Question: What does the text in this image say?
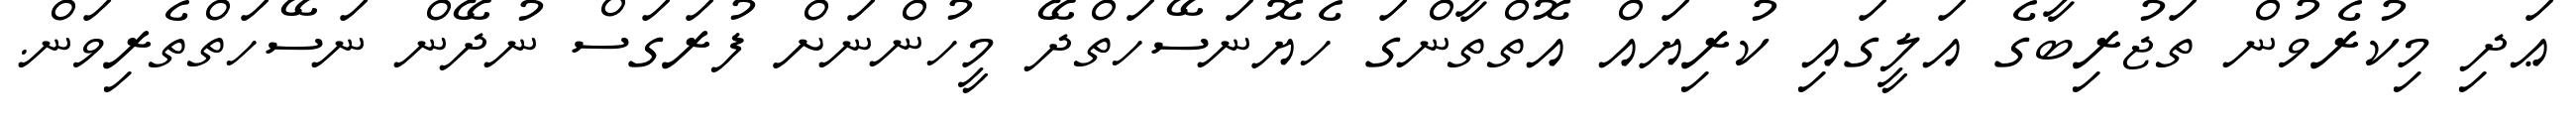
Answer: ޢަދި މިކުރެވުން ތަޖުރިބާގެ އަލީގައި ކުރިޔައް އޮތްތާންގަ ހެޔޮނަސޭހަތްދޭ މީހުންނަށް ފުރަގަސް ނުދޭން ނަސޭހަތްތެރިވަން.